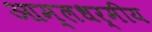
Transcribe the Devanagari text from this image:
आम्लधर्मीय